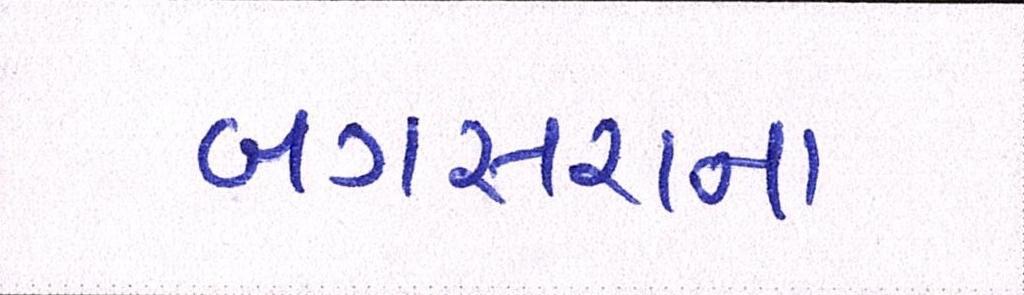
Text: બગસરાના